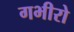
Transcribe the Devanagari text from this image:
गभीरो